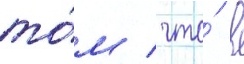
то́м / что́ в